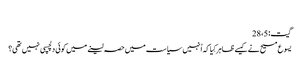
‏
گیت:‏ 5،‏ 28
یسوع مسیح نے کیسے ظاہر کِیا کہ اُنہیں سیاست میں حصہ لینے میں کوئی دلچسپی نہیں تھی؟